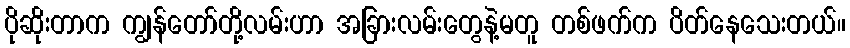
ပိုဆိုးတာက ကျွန်တော်တို့လမ်းဟာ အခြားလမ်းတွေနဲ့မတူ တစ်ဖက်က ပိတ်နေသေးတယ်။